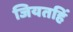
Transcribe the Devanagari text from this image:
जियतहिं